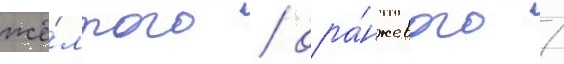
жё́лтого / ора́нжевого /